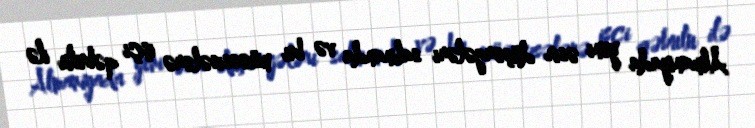
Almaniyada yeni əsir düşərgələri salınanda və bu müəssisələrə işçi qəbulu ilə